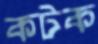
কটক